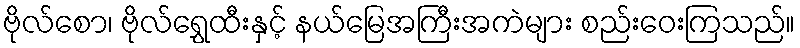
ဗိုလ်စော၊ ဗိုလ်ရွှေထီးနှင့် နယ်မြေအကြီးအကဲများ စည်းဝေးကြသည်။